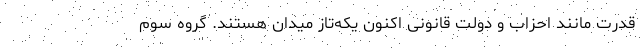
قدرت مانند احزاب و دولت قانونی اکنون یکه‌تاز میدان هستند. گروه سوم